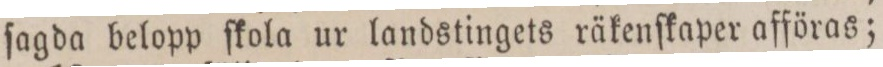
ſagda belopp ſkola ur landstingets räkenſkaper afföras;